Medical and sanitary report on the native army of Bombay for the year
Year: 1877
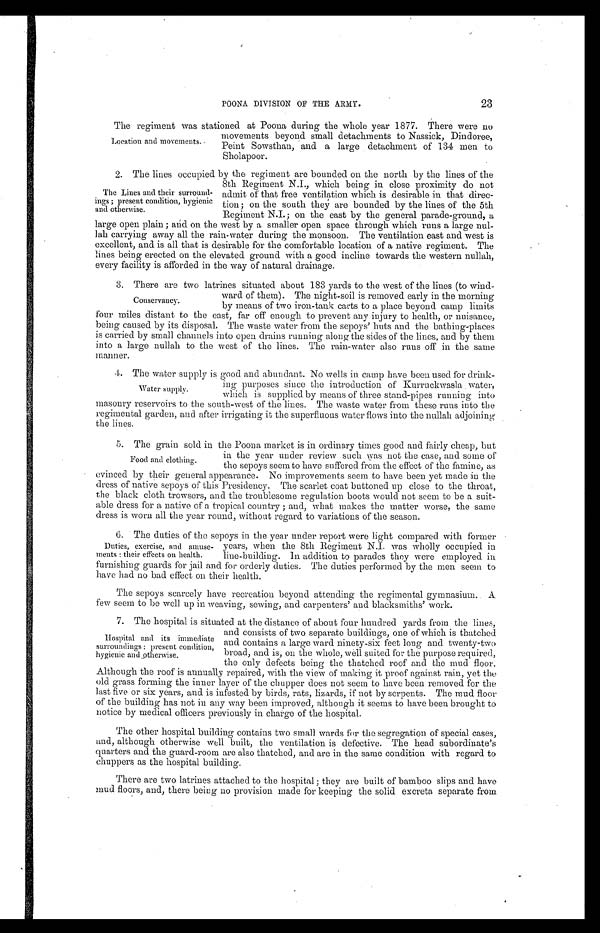
23
POONA DIVISION OF THE ARMY.
The regiment was stationed at Poona during the whole year 1877. There were no
movements beyond small detachments to Nassick, Dindoree,
Peint Sowsthan, and a large detachment of 134 men to
Sholapoor.
2. The lines occupied by the regiment are bounded on the north by the lines of the
8th Regiment N.I., which being in close proximity do not
admit of that free ventilation which is desirable in that direc-
tion; on the south they are bounded by the lines of the 5th
Regiment N.I.; on the east by the general parade-ground, a
large open plain; ańd on the west by a smaller open space through which runs a large nul
- l a h c a r r y i n g a w a y a l l t h e r a i n - w a t e r d u r i n g t h e m o n s o o n . T h e v e n t i l a t i o n e a s t a n d w e s t i s
excellent, and is all that is desirable for the comfortable location of a native regiment. The
lines being erected on the elevated ground with a good incline towards the western nullah,
every facility is afforded in the way of natural drainage.
3. There are two latrines situated about 183 yards to the west of the lines (to wind
-ward of them). The night-soil is removed early in the morning
by means of two iron-tank carts to a place beyond camp limits
four miles distant to the east, far off enough to prevent any injury to health, or nuisance,
being caused by its disposal. The waste water from the sepoys' huts and the bathing-places
is carried by small channels into open drains running along the sides of the lines, and by them
into a large nullah to the west of the lines. The rain-water also runs off in the same
manner.
4. The water supply is good and abundant. No wells in camp have been used for drink
-ing purposes since the introduction of Kurruckwasla water,
which is supplied by means of three stand-pipes running into
masonry reservoirs to the south-west of the lines. The waste water from these runs into the
regimental garden, and after irrigating it the superfluous water flows into the nullah adjoining
t h e l i n e s .
5. The grain sold in the Poona market is in ordinary times good and fairly cheap, but
in the year under review such was not the case, and some of
the sepoys seem to have suffered from the effect of the famine, as
evinced by their general appearance. No improvements seem to have been yet made in the
dress of native sepoys of this Presidency. The scarlet coat buttoned up close to the throat,
the black cloth trowsers, and the troublesome regulation boots would not seem to be a suit
-able dress for a native of a tropical country ; and, what makes the matter worse, the same
dress is worn all the year round, without regard to variations of the season.
6. The duties of the sepoys in the year under report were light compared with former
years, when the 8th Regiment N.I. was wholly occupied in
line-building. In addition to parades they were employed in
furnishing guards for jail and for orderly duties. The duties performed by the men seem to
have had no bad effect on their health.
The sepoys scarcely have recreation beyond attending the regimental gymnasium.. A
few seem to be well up in weaving, sewing, and carpenters' and blacksmiths' work.
7. The hospital is situated at the distance of about four hundred yards from the lines,
and consists of two separate buildings, one of which is thatched
and contains a large ward ninety-six feet long and twenty-two
broad, and is, on the whole, well suited for the purpose required,
the only defects being the thatched roof and the mud floor.
Although the roof is annually repaired, with the view of making it proof against rain, yet the
old grass forming the inner layer of the chupper does not seem to have been removed for the
last five or six years, and is infested by birds, rats, lizards, if not by serpents. The mud floor
of the building has not in any way been improved, although it seems to have been brought to
notice by medical officers previously in charge of the hospital.
The other hospital building contains two small wards for the segregation of special cases,
and, although otherwise well built, the ventilation is defective. The head subordinate's
quarters and the guard-room are also thatched, and are in the same condition with regard to
chuppers as the hospital building.
There are two latrines attached to the hospital ; they are built of bamboo slips and have
mud floors, and, there being no provision made for keeping the solid excreta separate from
Location and movements.
The Lines and their surround
- i n g s ; p r e s e n t c o n d i t i o n , h y g i e n i c
and otherwise.
Conservancy.
Water supply.
Food and clothing.
Duties, exercise, and amuse
-ments : their effects on health.
Hospital and its immediate
surroundings : present condition,
hygienic and otherwise.